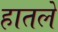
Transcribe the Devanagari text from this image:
हातले